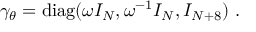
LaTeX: \gamma _ { \theta } = \mathrm { d i a g } ( \omega I _ { N } , \omega ^ { - 1 } I _ { N } , I _ { N + 8 } ) ~ .